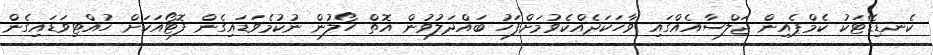
ކެނޑިޑޭޓަކު ކެމްޕެއިން ޖަލްސާއެއްގައި ވާހަކަދެއްކެވުމަށްފަހު ބައްދަލުވުން އޮތް ހޯލުން ނުކުމެވަޑައިގެން ފޮޓޯއަަކަށް ހުއްޓިވަޑައިގެން